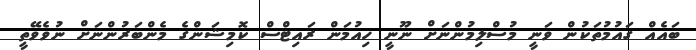
ބައެއް ގައުމުތަކުން ވަނީ މުސްލިމުންނަށް ނޫނީ ހިއުމަން ރައިޓްސް ކޮމިޝަންގެ މެންބަރުންނަށް ނުވެވޭތީ